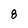
Character: 8